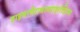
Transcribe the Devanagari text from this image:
हाइपरपैराथायराइरॉडिज्म